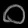
Digit: ၀